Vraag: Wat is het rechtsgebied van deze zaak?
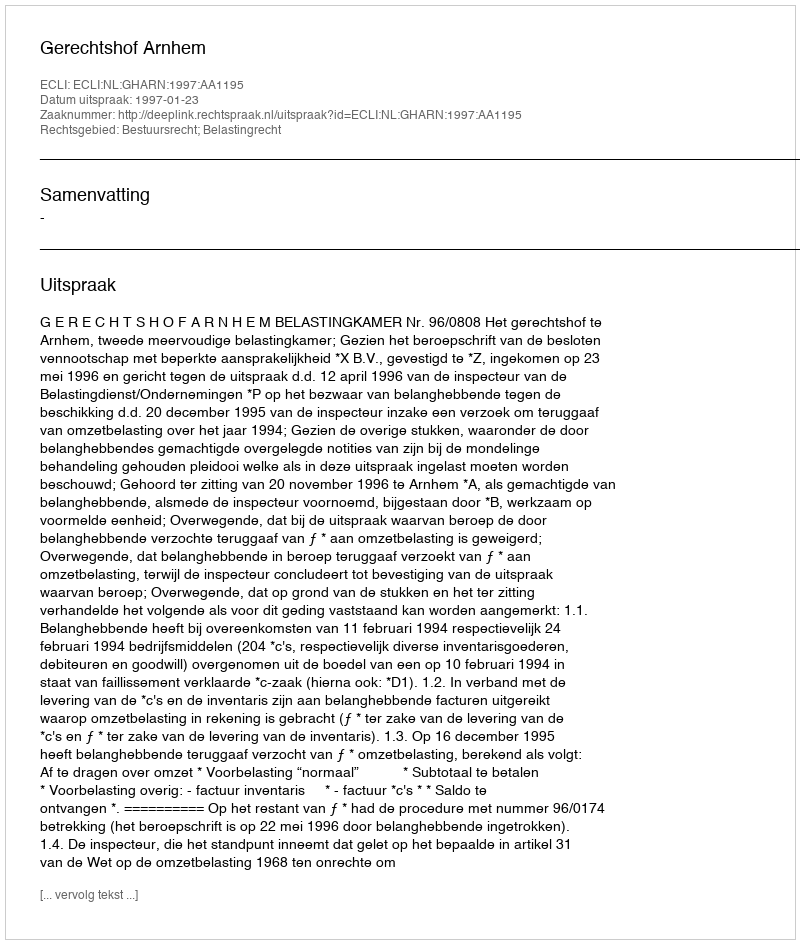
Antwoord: Bestuursrecht; Belastingrecht